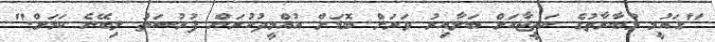
"ގައުމީ މުބާރާތުގެ ނަތީޖާއަށް ބަލާއިރު ވަރަށް ބޮޑަށް އުއްމީދުކުރަން ފުރުސަތު ލިބޭނެ ކަމަށް."